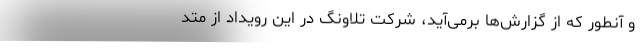
و آنطور که از گزارش‌ها برمی‌آید، شرکت تلاونگ در این رویداد از متد